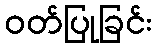
ဝတ်ပြုခြင်း